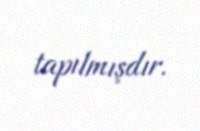
tapılmışdır.